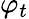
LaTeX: \varphi_{t}